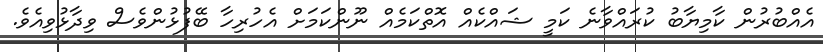
އެއްބުރުން ކާމިޔާބު ކުރައްވާނެ ކަމީ ޝައްކެއް އޮތްކަމެއް ނޫންކަމަށް އެހުރިހާ ބޭފުޅުންވެސް ވިދާޅުވިއެވެ.